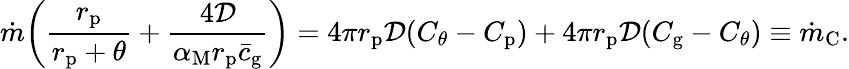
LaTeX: \dot{m}\bigg(\frac{r_{\mathrm{p}}}{r_{\mathrm{p}}+\theta}+\frac{4\mathcal{D}}{\alpha_{\mathrm{M}}r_{\mathrm{p}}\bar{c}_{\mathrm{g}}}\bigg)=4\pi r_{\mathrm{p}}\mathcal{D}(C_{\theta}-C_{\mathrm{p}})+4\pi r_{\mathrm{p}}\mathcal{D}(C_{\mathrm{g}}-C_{\theta})\equiv\dot{m}_{\mathrm{C}}.